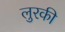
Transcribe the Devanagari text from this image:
लुरकी